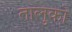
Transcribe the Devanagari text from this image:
तालुको